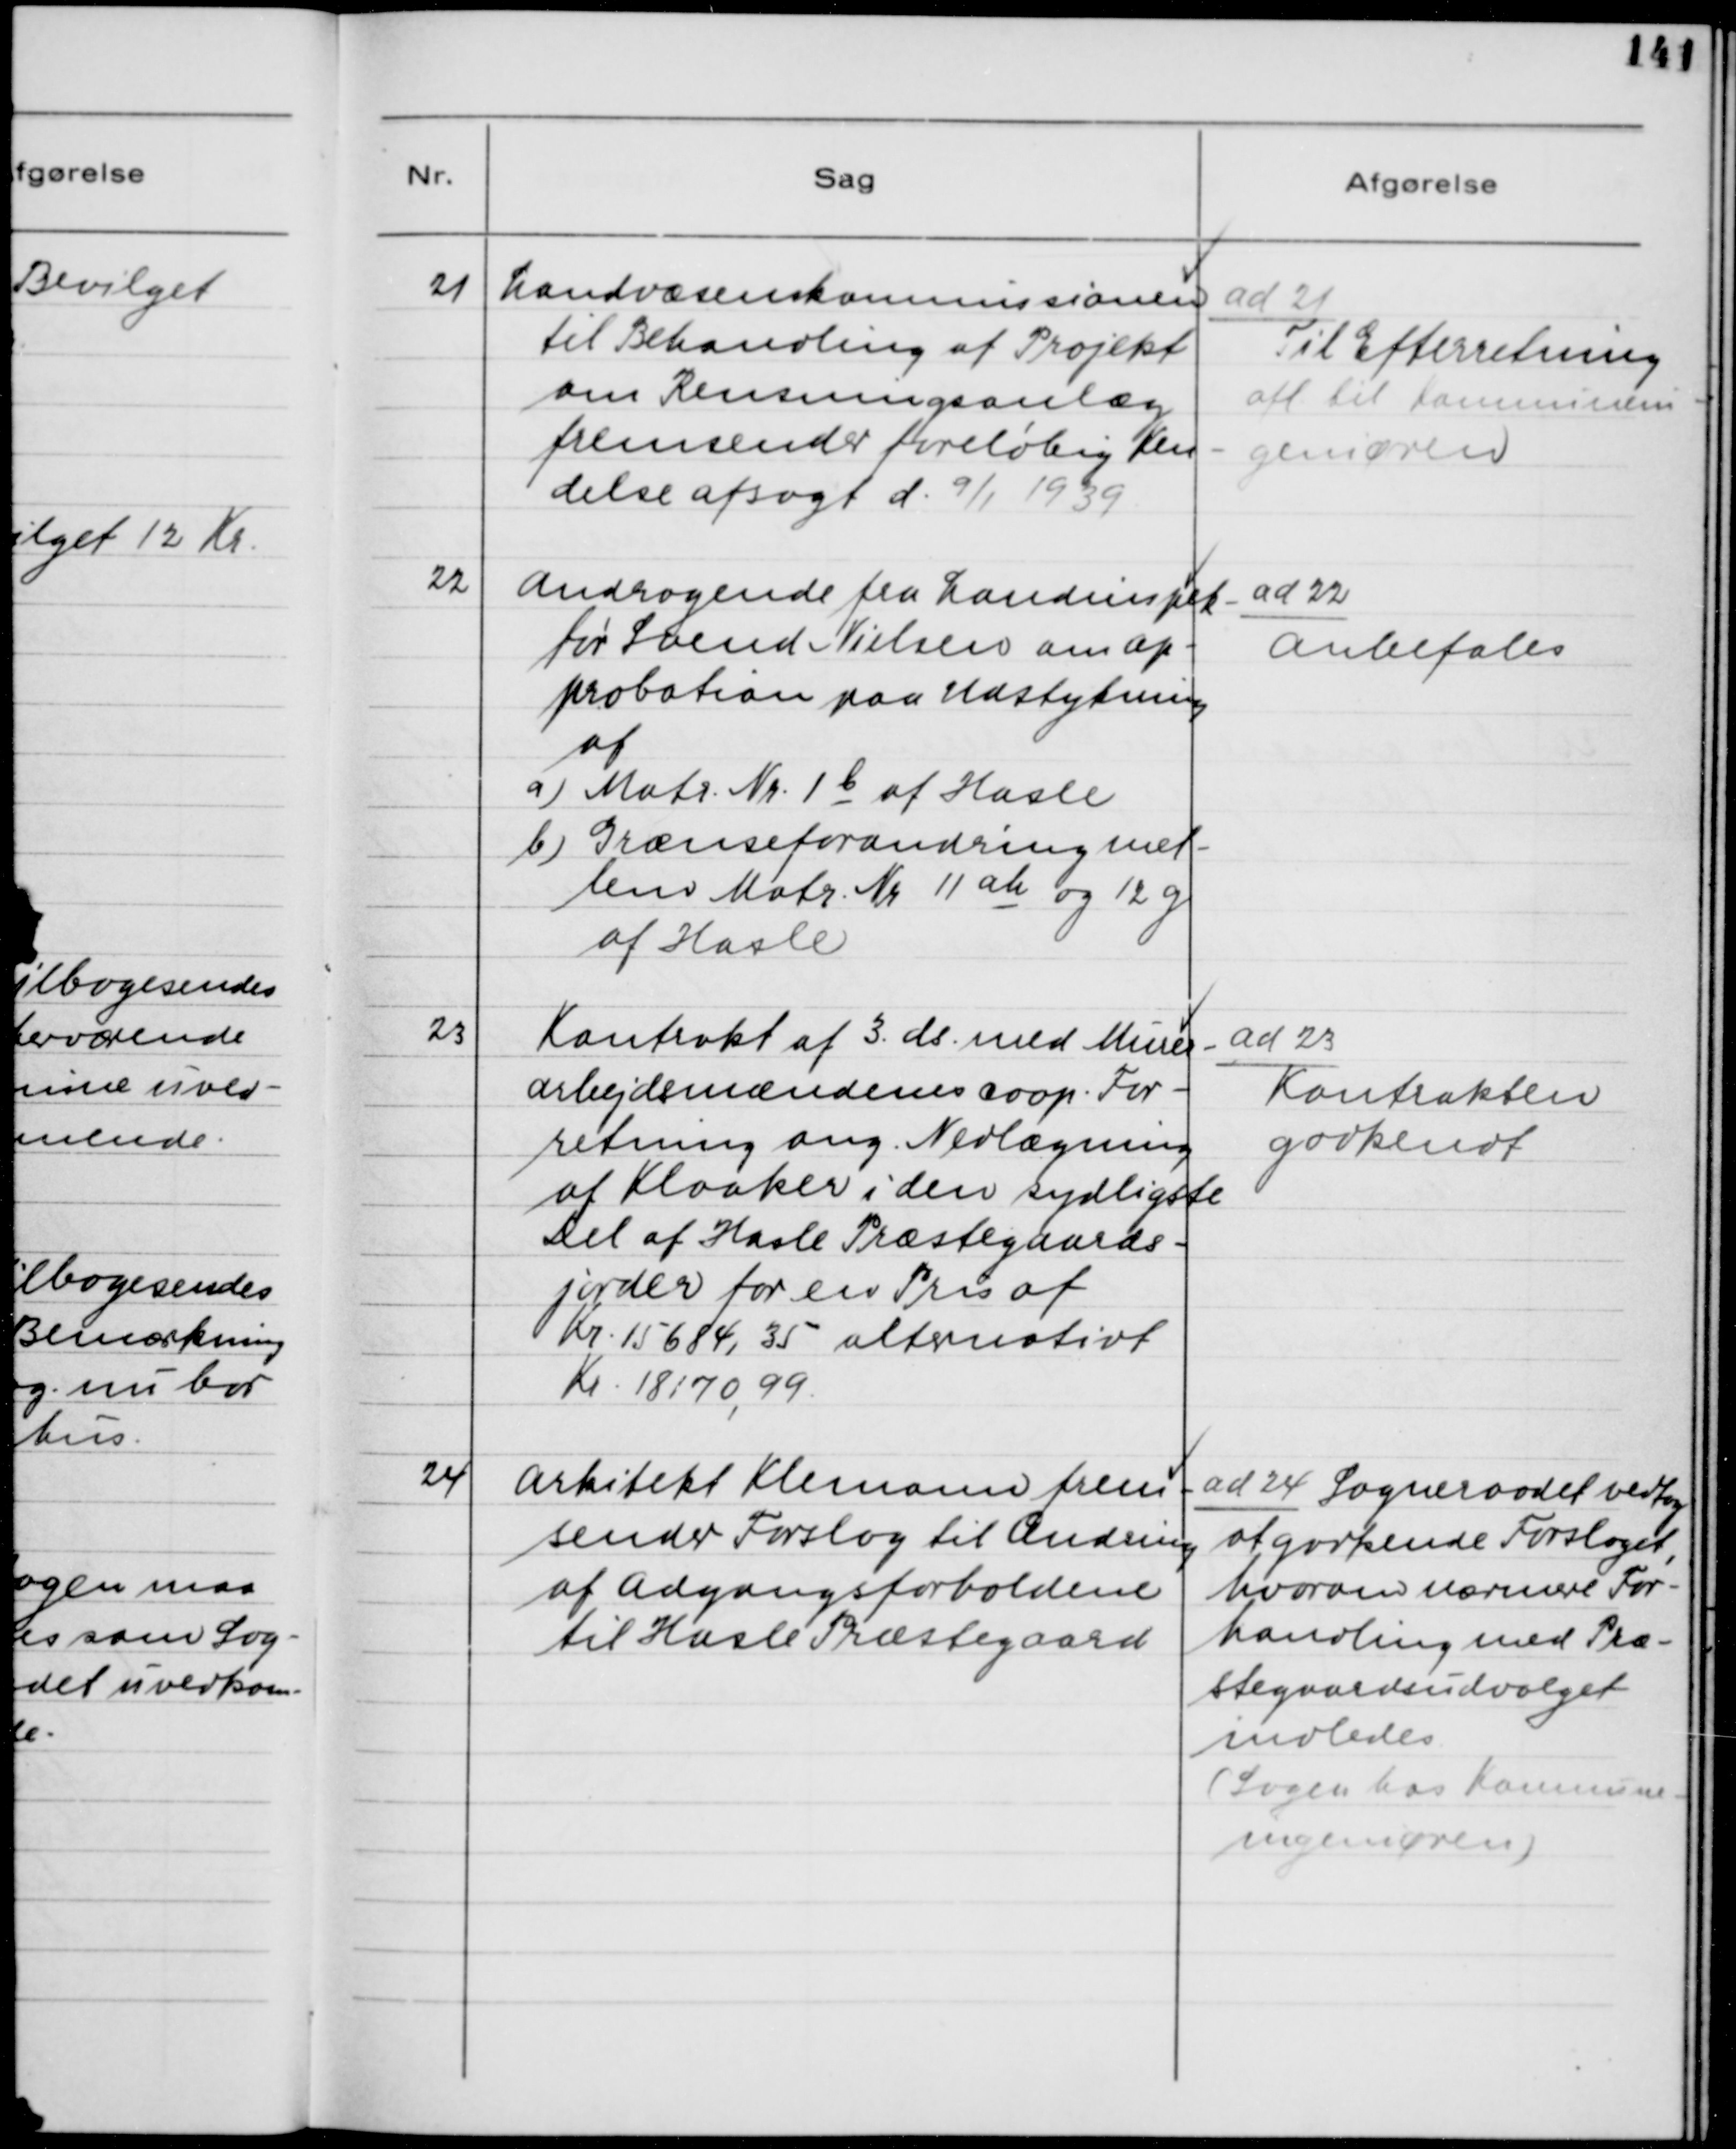
Transskription:
21. Landvæsenkommissionen
til Behandling af Projekt
om Rensningsanlæg
fremsender foreløbig Ken-
delse afsagt d. 9/1 1939.

ad 21.
Til Efterretning
afl. til Kommunein-
geniøren.

22. Andragende fra Landinspek-
tør Svend Nielsen om Ap-
probation paa Udstykning
af
a) Matr. Nr. 1b af Hasle
b) Grænseforandring mel-
lem Matr. Nr. 11 ah og 12g
af Hasle

ad 22.
Anbefales

23. Kontrakt af 3. ds. med Murer-
arbejdsmændenes coop. For-
retning ang. Nedlægning
af Kloaker i den sydligste
Del af Hasle Præstegaards-
jorder for en Pris af
Kr. 15684,35 alternativt
Kr. 18170,99

ad 23.
Kontrakten
godkendt

24. Arkitekt Klemann frem-
sender Forslag til Ændring
af Adgangsforholdene
til Hasle Præstegaard

ad 24. Sogneraadet vedtog
at godkende Forslaget,
hvorom nærmere For-
handling med Præ-
stegaardsudvalget
indledes.
(Sagen hos Kommune-
ingeniøren)